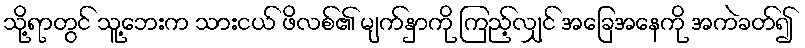
သို့ရာတွင် သူ့ဘေးက သားငယ် ဖိလစ်၏ မျက်နှာကို ကြည့်လျှင် အခြေအနေကို အကဲခတ်၍